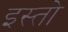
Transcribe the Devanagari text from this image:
इस्तो